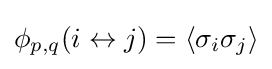
\phi _{p,q}(i\leftrightarrow j)=\langle \sigma _{i}\sigma _{j}\rangle